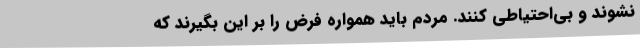
نشوند و بی‌احتیاطی کنند. مردم باید همواره فرض را بر این بگیرند که